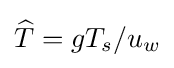
{\widehat {T}}={gT_{s}/u_{w}}